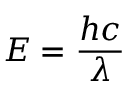
E = { \frac { h c } { \lambda } }